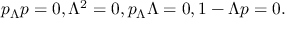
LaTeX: p _ { \Lambda } p = 0 , \Lambda ^ { 2 } = 0 , p _ { \Lambda } \Lambda = 0 , 1 - \Lambda p = 0 .